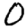
Digit: 0